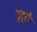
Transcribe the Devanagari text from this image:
टूट्ते